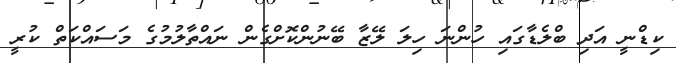
ކިޑްނީ އަދި ބްލެޑާގައި ހުންނަ ހިލަ ލޭޒާ ބޭނުންކޮށްގެން ނައްތާލުމުގެ މަސައްކަތް ކުރީ